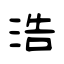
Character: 浩